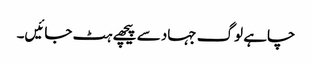
چاہے لوگ جہاد سے پیچھے ہٹ جائیں۔